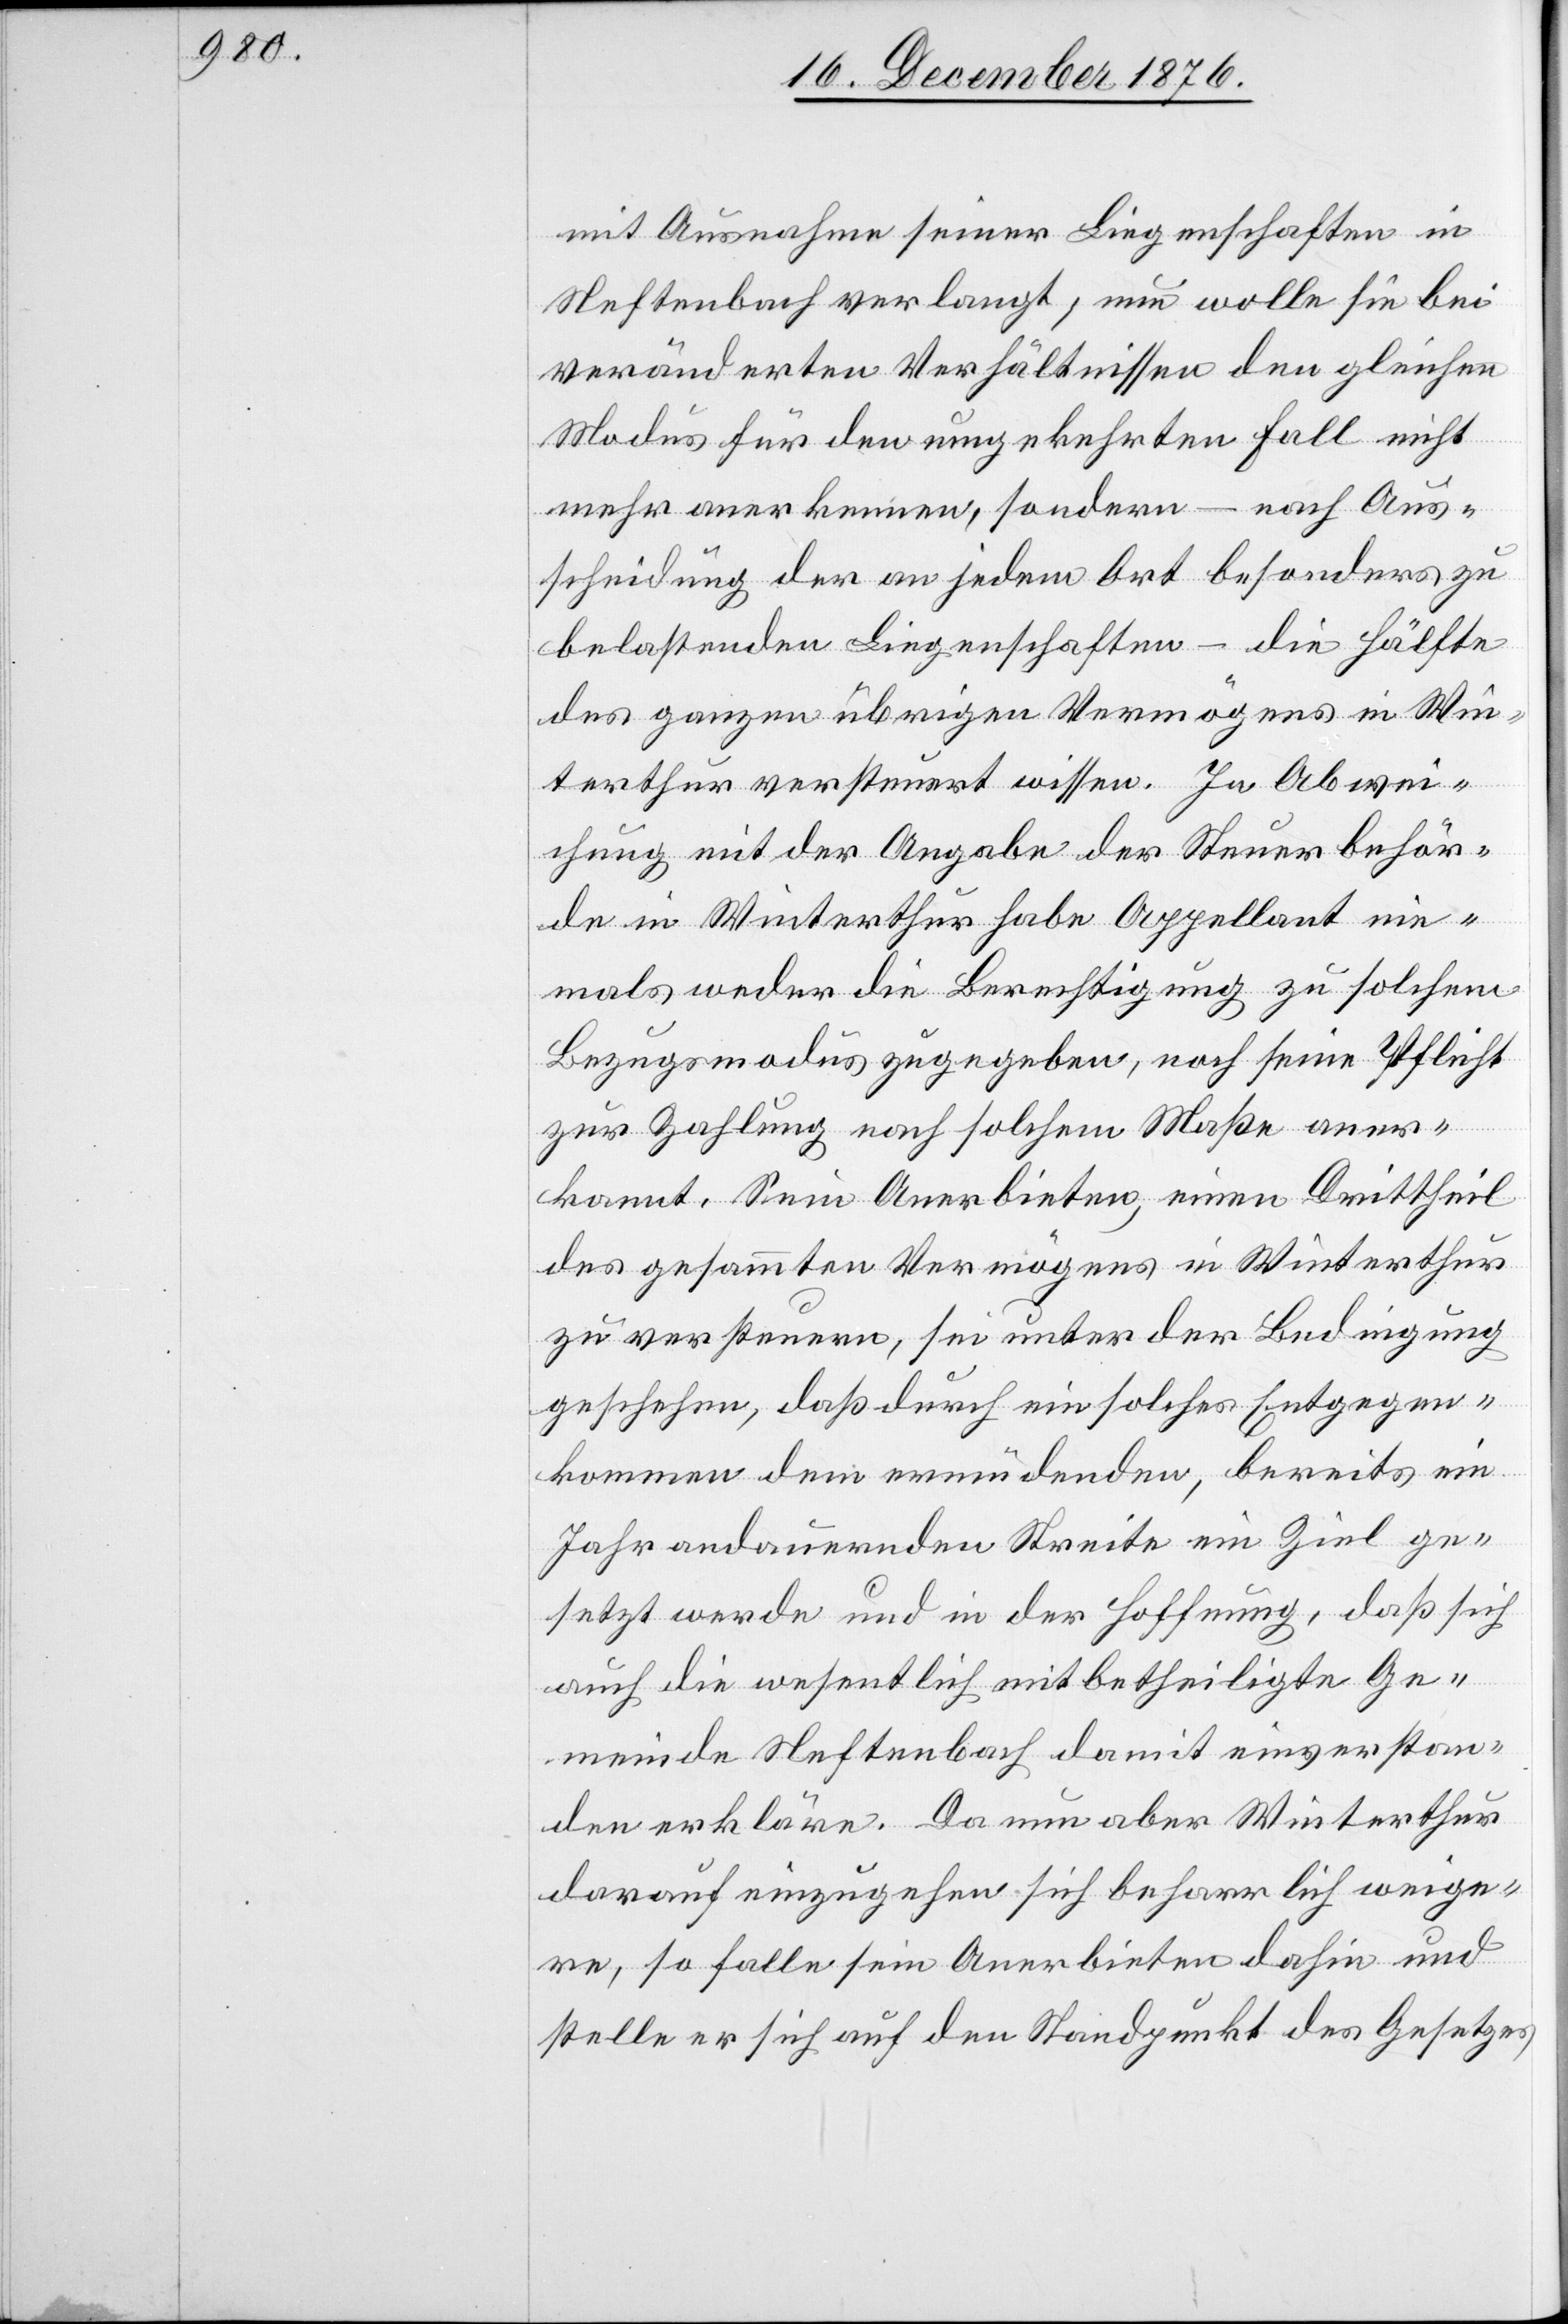
mit Ausnahme seiner Liegenschaften in
Neftenbach verlangt; nun wolle sie bei
veränderten Verhältnissen den gleichen
Modus für den umgekehrten Fall nicht
mehr anerkennen, sondern – nach Aus¬
scheidung der an jedem Ort besonders zu
belastenden Liegenschaften – die Hälfte
des ganzen übrigen Vermögens in Win¬
terthur versteuert wissen. In Abwei¬
chung mit der Angabe der Steuerbehör¬
de in Winterthur habe Appellant nie¬
mals weder die Berechtigung zu solchem
Bezugsmodus zugegeben, noch seine Pflicht
zur Zahlung nach solchem Maße aner¬
kannt. Sein Anerbieten, einen Drittheil
des gesammten Vermögens in Winterthur
zu versteuern, sei unter der Bedingung,
geschehen, daß durch ein solches Entgegen¬
kommen dem ermüdenden, bereits ein
Jahr andauernden Streite ein Ziel ge¬
setzt werde und in der Hoffnung, daß sich
auch die wesentlich mitbetheiligte Ge¬
meinde Neftenbach damit einverstan¬
den erkläre. Da nun aber Winterthur
darauf einzugehen sich beharrlich weige¬
re, so falle sein Anerbieten dahin und
stelle er sich auf den Standpunkt des Gesetzes